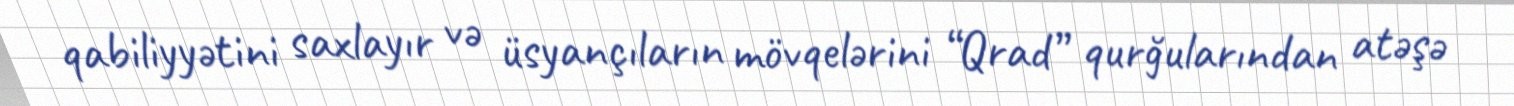
qabiliyyətini saxlayır və üsyançıların mövqelərini “Qrad” qurğularından atəşə